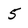
Character: 5